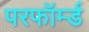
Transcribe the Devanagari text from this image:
परफॉर्म्ड